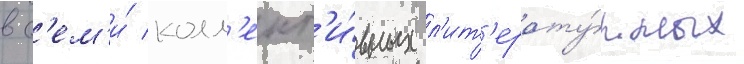
в с'ем'и́ колл'ект'и́вных л'ит'ерату́рных